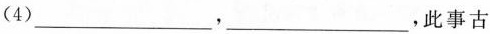
(4)___，___，此事古